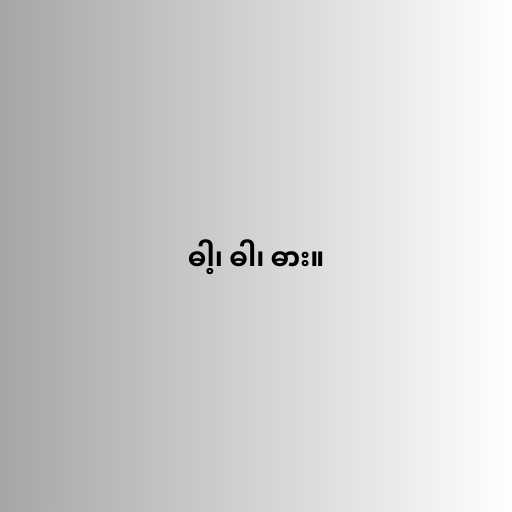
ဓါ့၊ ဓါ၊ ဓား။